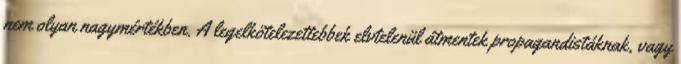
nem olyan nagymértékben. A legelkötelezettebbek elvtelenül átmentek propagandistáknak, vagy